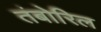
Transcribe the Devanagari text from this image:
तंबोरिल